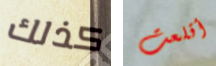
كذلك أقلعت